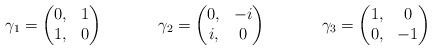
LaTeX: \begin{align*}\gamma_1&=\begin{pmatrix}0,&1\\1,&0\end{pmatrix}&\gamma_2&=\begin{pmatrix}0,&-i\\i,&0\end{pmatrix}&\gamma_3&=\begin{pmatrix}1,&0\\0,&-1\end{pmatrix}\end{align*}